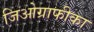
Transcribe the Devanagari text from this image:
जिओग्राफीका